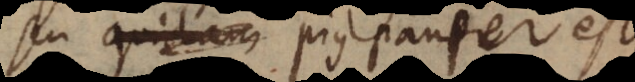
seu quidam pius pauper est